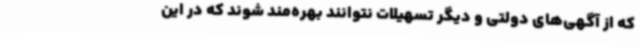
که از آگهی‌های دولتی و دیگر تسهیلات نتوانند بهره‌مند شوند که در این